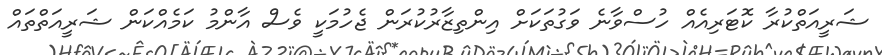
ޝަރީއަތްކުރާ ކޮޓަރިއެއް ހުސްވާނެ ވަގުތަކަށް އިންތިޒާރުކުރަން ޖެހުމަކީ ވެސް އާންމު ކަމެއްކަން ޝަރީއަތްތައް